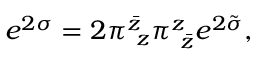
e ^ { 2 \sigma } = 2 \pi _ { ~ z } ^ { \bar { z } } \pi _ { ~ \bar { z } } ^ { z } e ^ { 2 \tilde { \sigma } } ,